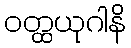
ဝတ္ထယုဂါနိ